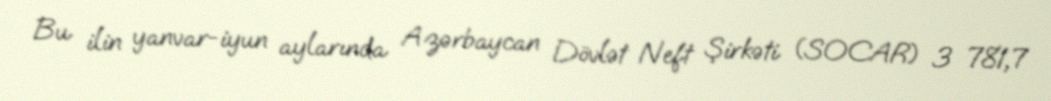
Bu ilin yanvar-iyun aylarında Azərbaycan Dövlət Neft Şirkəti (SOCAR) 3 781,7